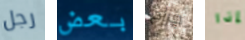
رجل بعض جراح إذا